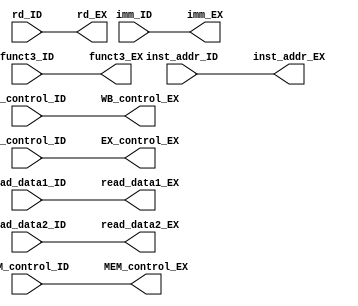
module Register_ID_EX
(
    input [1:0] WB_control_ID,
    input [2:0] MEM_control_ID,
    input [4:0] EX_control_ID,
    input [63:0] inst_addr_ID,
    input [63:0] read_data1_ID,
    input [63:0] read_data2_ID,
    input [63:0] imm_ID,
    input [4:0] rd_ID,
    input [3:0] funct3_ID,
    output reg [1:0] WB_control_EX,
    output reg [2:0] MEM_control_EX,
    output reg [4:0] EX_control_EX,
    output reg [63:0] inst_addr_EX,
    output reg [63:0] read_data1_EX,
    output reg [63:0] read_data2_EX,
    output reg [63:0] imm_EX,
    output reg [4:0] rd_EX,
    output reg [3:0] funct3_EX
);

always @(*) begin
    WB_control_EX = WB_control_ID;
    MEM_control_EX = MEM_control_ID;
    EX_control_EX = EX_control_ID;
    inst_addr_EX = inst_addr_ID;
    read_data1_EX = read_data1_ID;
    read_data2_EX = read_data2_ID;
    imm_EX = imm_ID;
    rd_EX = rd_ID;
    funct3_EX = funct3_ID;
end

endmodule